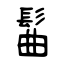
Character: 髷